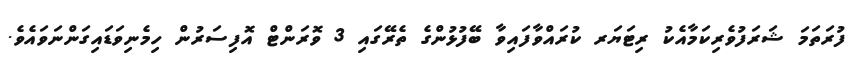
ފުރަތަމަ ޝަރަފުވެރިކަމާއެކު ރިޓަޔަރ ކުރައްވާފައިވާ ބޭފުޅުންގެ ތެރޭގައި 3 ވޮރަންޓް އޮފިސަރުން ހިމެނިވަޑައިގަންނަވައެވެ.